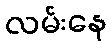
လမ်းနေ